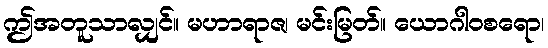
ဤအတူသာလျှင်။ မဟာရာဇ၊ မင်းမြတ်။ ယောဂါဝစရော၊